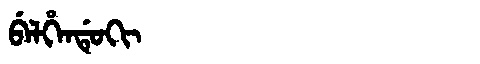
Manchu: ᠪᡝᠯᡥᡝᠨᡩᡠᡴᡳ
Romanization: BELHENDUKI